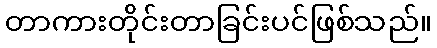
တာကားတိုင်းတာခြင်းပင်ဖြစ်သည်။